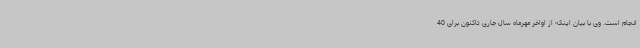
انجام است. وی با بیان اینکه از اواخر مهرماه سال جاری تاکنون برای 40